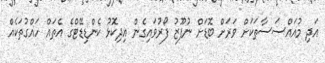
އަދި މުއައްސަސާތަކަށް ވަރަށް ބޮޑަށް ނުފޫޒު ފޯރުވައިގެން އިދިކޮޅު ކެންޑިޑޭޓްގެ އެތައް ހައްގުތަކެއް